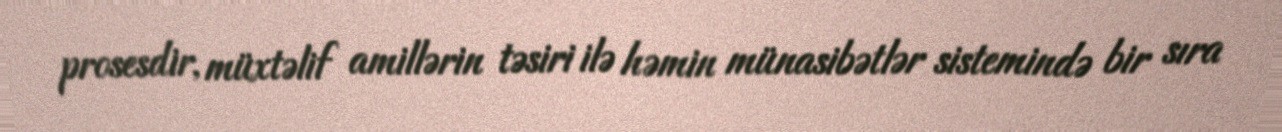
prosesdir, müxtəlif amillərin təsiri ilə həmin münasibətlər sistemində bir sıra